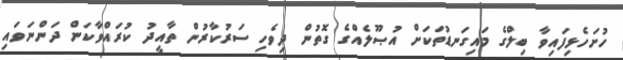
ހުށަހެޅިފައިވާ ބިލްގެ މައިގަނޑުތަކަށް އުޞޫލެއްގެ ގޮތުން ދިވެހި ސަރުކާރުން ތާއީދު ކުރައްވާކަން ދަންނަވައި